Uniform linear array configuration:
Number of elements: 4
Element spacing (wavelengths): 1
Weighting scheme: cosine
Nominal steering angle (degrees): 0
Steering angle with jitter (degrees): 0.76
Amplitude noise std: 0.05
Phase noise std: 0.05

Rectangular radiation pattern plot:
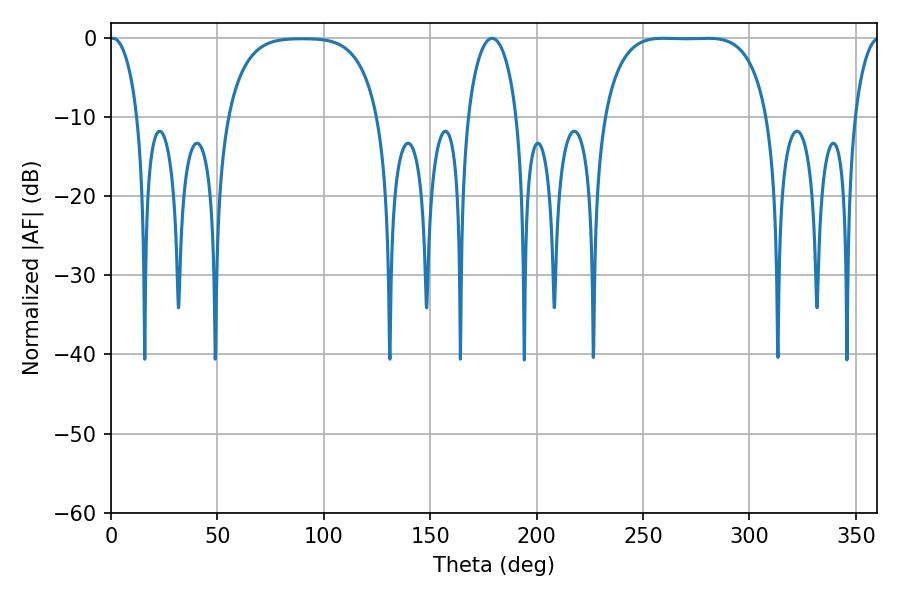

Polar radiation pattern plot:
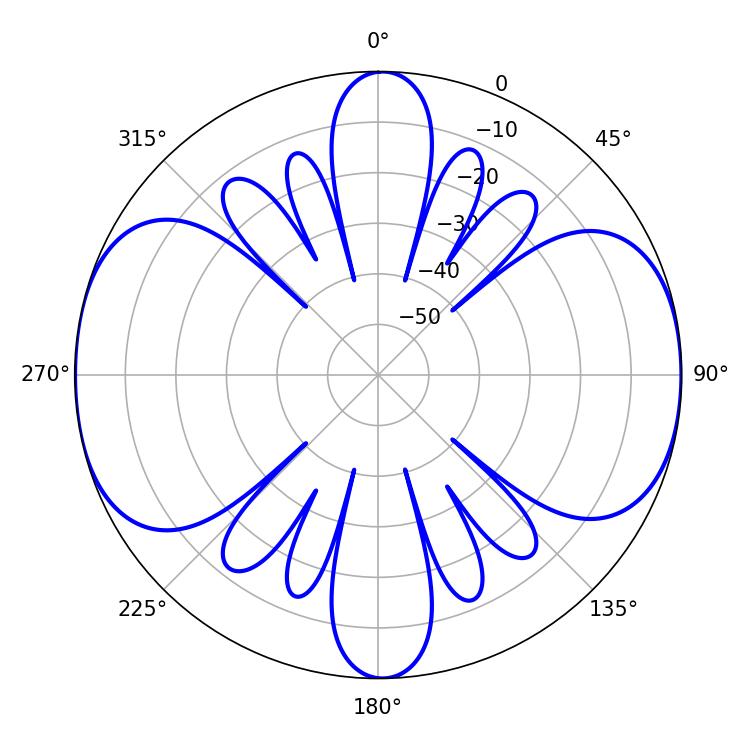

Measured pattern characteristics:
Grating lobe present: TRUE
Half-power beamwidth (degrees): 59.4
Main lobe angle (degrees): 259.74